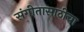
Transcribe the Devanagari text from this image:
संगीतासाठीचा